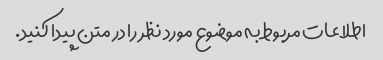
اطلاعات مربوط به موضوع مورد نظر را در متن پیدا کنید.